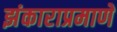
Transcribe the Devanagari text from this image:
झंकाराप्रमाणे